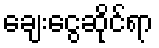
ချေးငွေဆိုင်ရာ